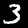
Label: 3